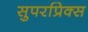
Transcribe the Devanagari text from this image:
सुपरप्रिक्स